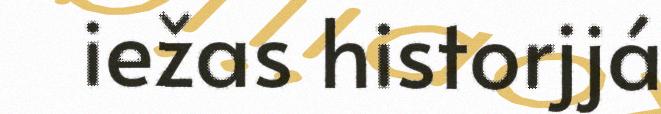
iežas historjjá